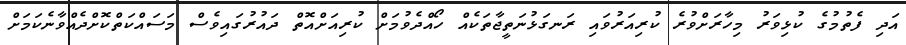
އަދި ފެތުމުގެ ކުޅިވަރު މިހާރަށްވުރެ ކުރިއަރުވައި ރަނގަޅުނަތީޖާތަކެއް ހޯއްދެވުމަށް ކުރިއަށްއޮތް ދައުރުގައިވެސް މަސައްކަތްކޮށްދެއްވާނެކަމަށް